Annual report of the Bengal Veterinary College and of the Civil Veterinary Department, Bengal, for the year 1909-1910 - 1909-1910
Year: 1909
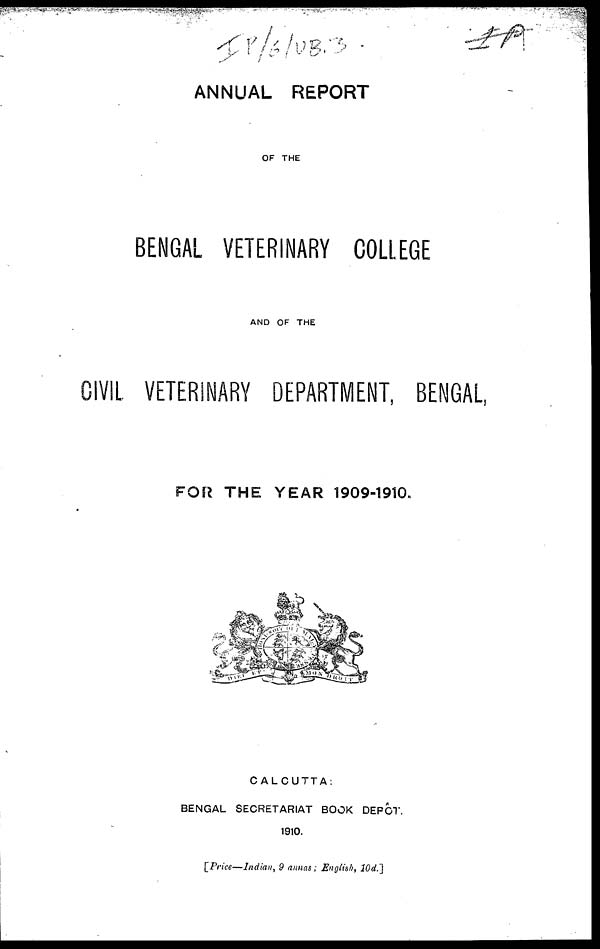
ANNUAL REPORT
OF THE
BENGAL VETERINARY COLLEGE
AND OF THE
CIVIL VETERINARY DEPARTMENT, BENGAL,
FOR THE YEAR 1909-1910.
CALCUTTA:
BENGAL SECRETARIAT BOOK DEPÔT.
1910.
[Price—Indian, 9 annas; English, 10d.]